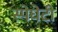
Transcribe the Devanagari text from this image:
स्पेघेटी